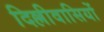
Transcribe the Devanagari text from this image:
दिल्लीवासियों